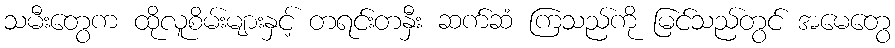
သမီးတွေက ထိုလူစိမ်းများနှင့် တရင်းတနှီး ဆက်ဆံ ကြသည်ကို မြင်သည်တွင် အမေတွေ